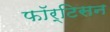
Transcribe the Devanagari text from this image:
फॉर्टिसन